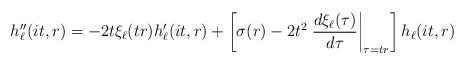
LaTeX: \begin{align*}h_\ell''(it,r) = - 2 t \xi_\ell(tr) h_\ell'(it,r)+\left[ \sigma(r) - 2 t^2 \left.\frac{d\xi_\ell(\tau)}{d\tau}\right|_{\tau = t r}\right] h_\ell(it,r) \end{align*}